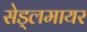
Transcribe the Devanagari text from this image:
सेड्लमायर